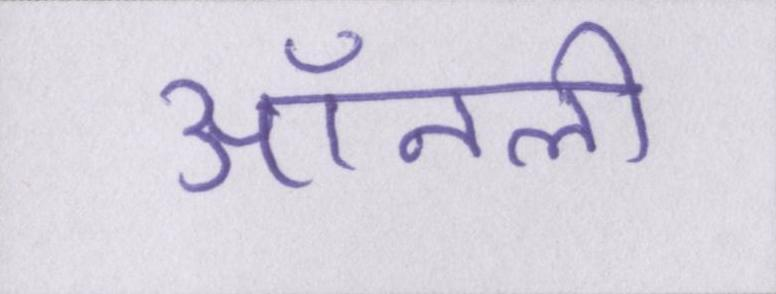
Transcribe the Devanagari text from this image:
ऑनली